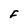
Character: F